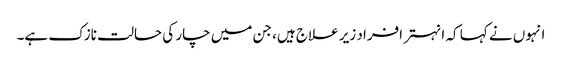
انہوں نے کہا کہ انہتر افراد زیر علاج ہیں، جن میں چار کی حالت نازک ہے۔